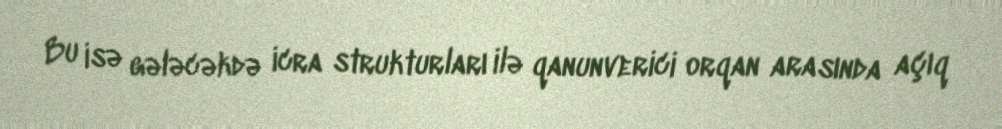
Bu isə gələcəkdə icra strukturları ilə qanunverici orqan arasında açıq